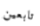
تابعين